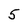
Character: 5